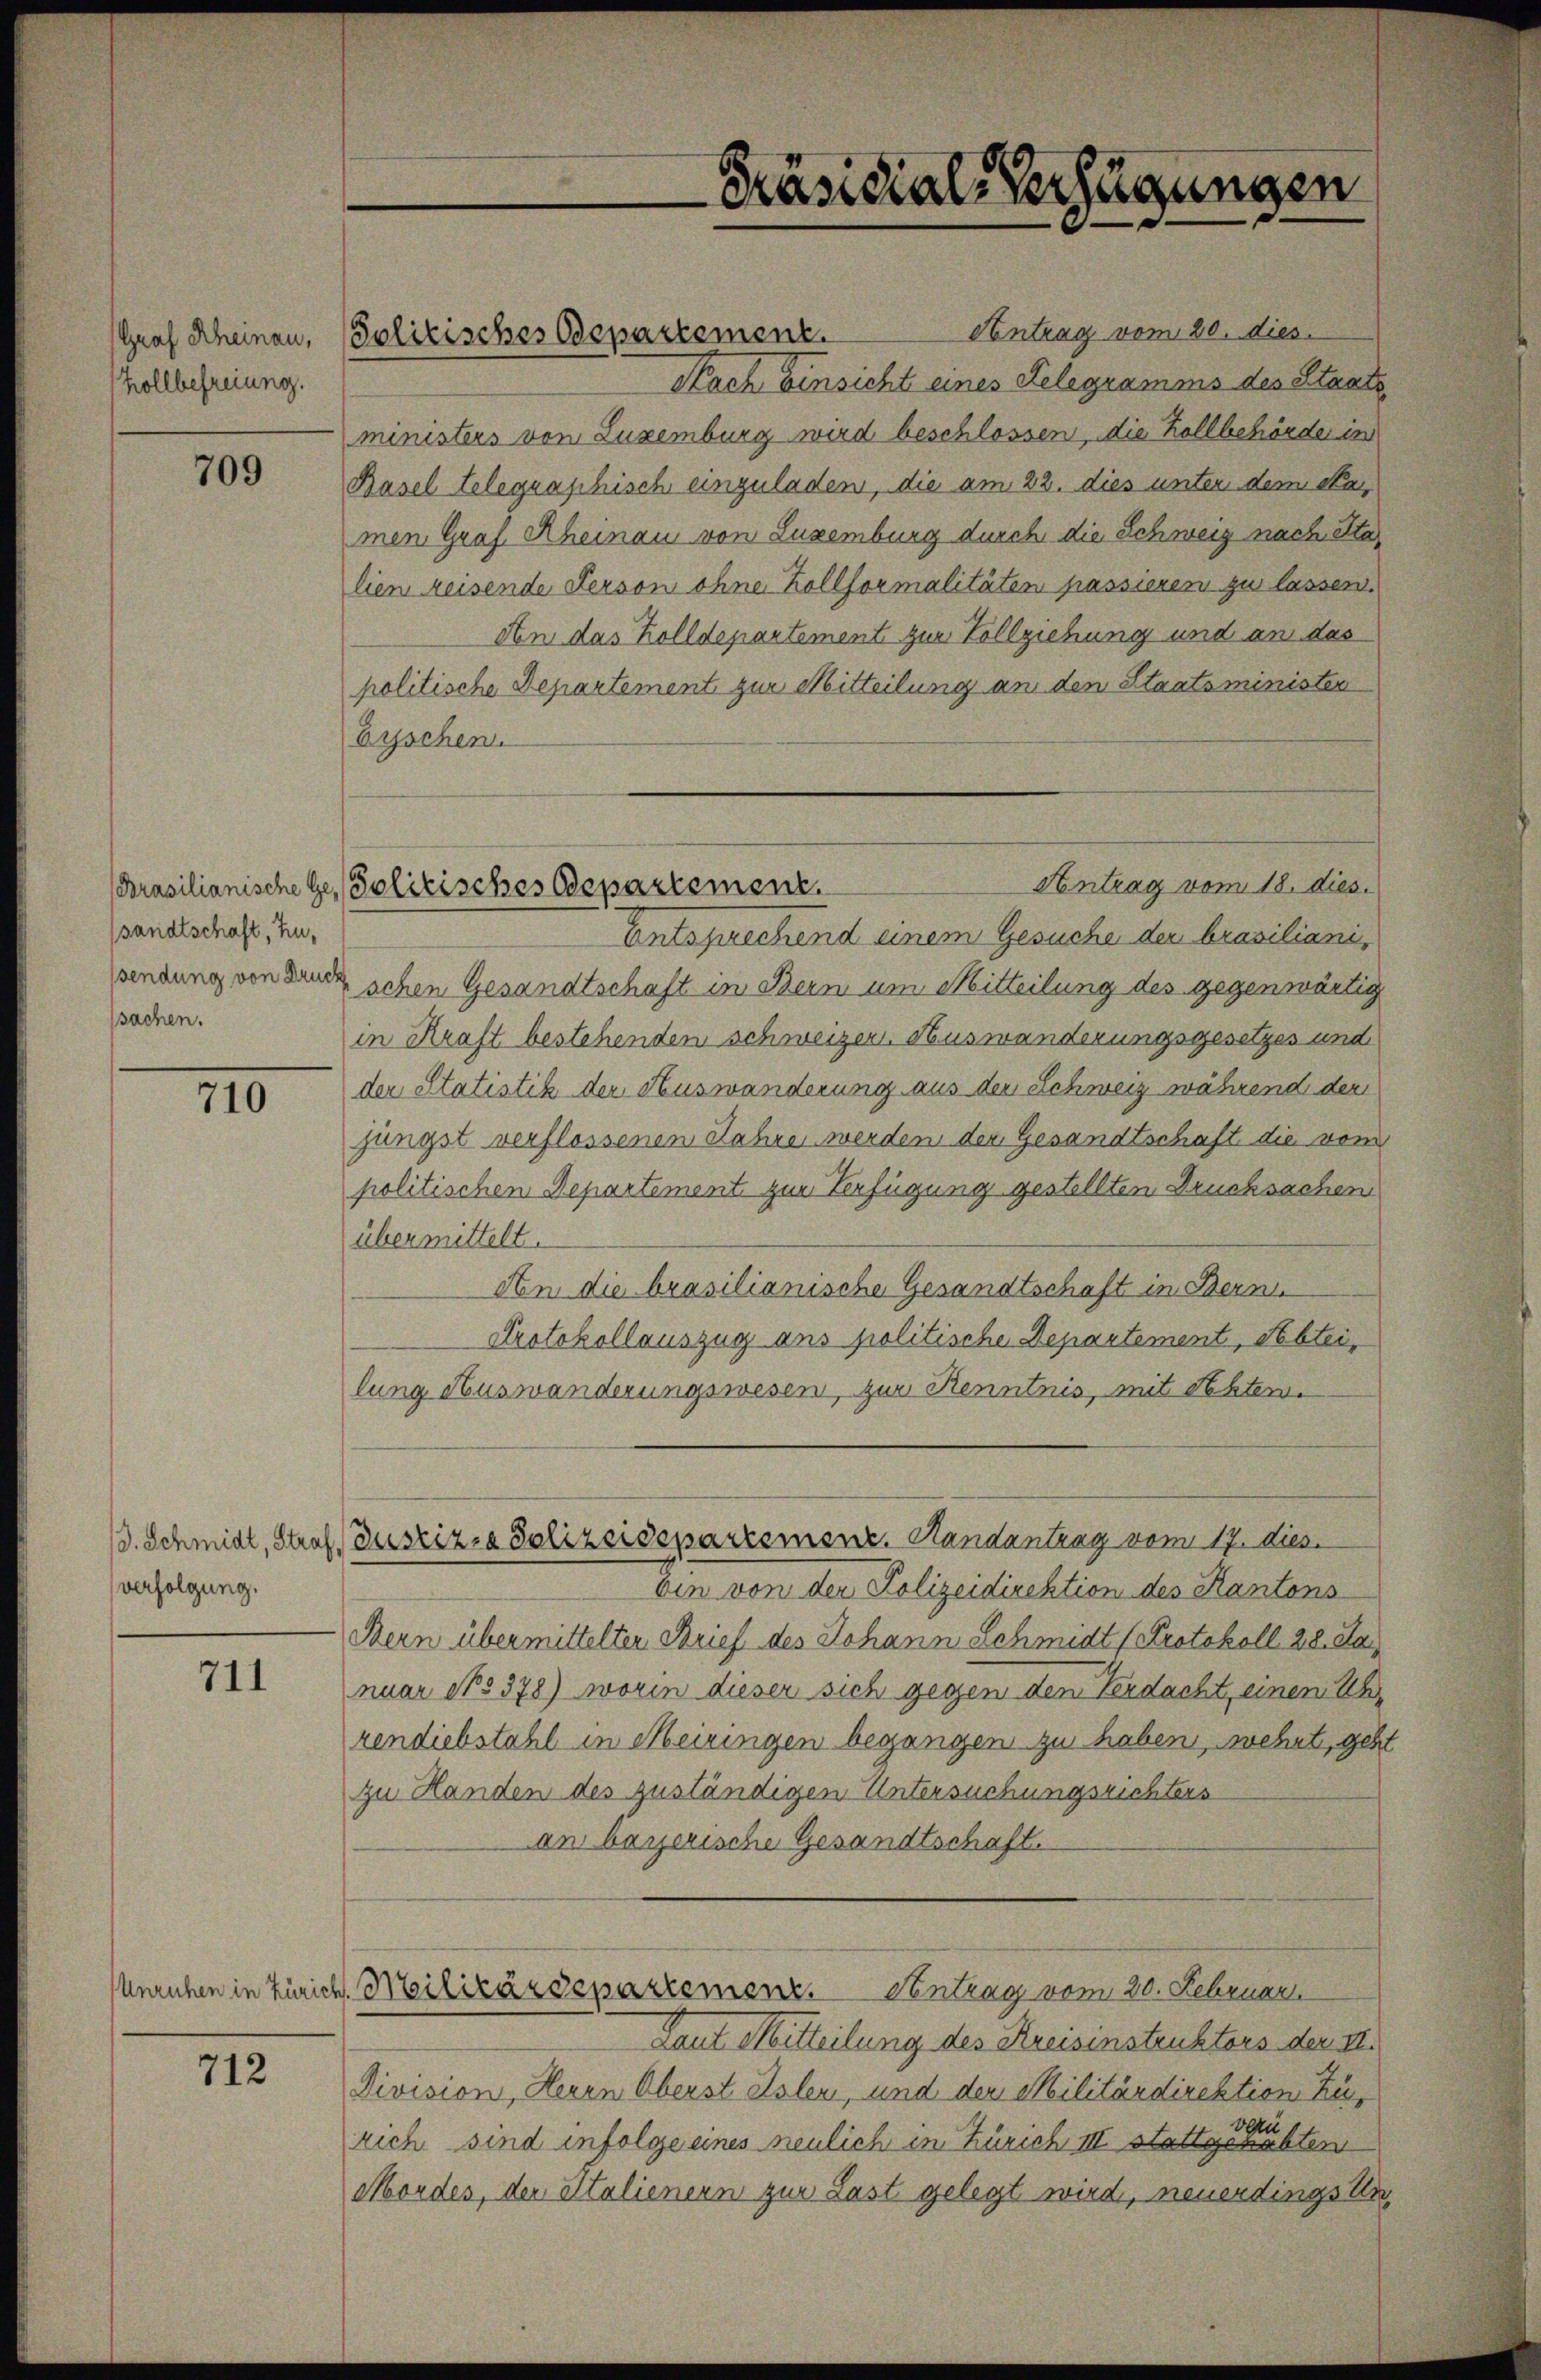
Graf Rheinau,
Zollbefreiung.

709

sandtschaft, zusendung von Druck
sachen.

110

verfolgung.

711

712

Unruhen in Zürich

Politisches Departement.

Antrag vom 20. dies
Nach Einsicht eines Telegramms des Staats
ministers von Luxenburg wird beschlossen, die Kollbehörde in
Basel telegraphisch einzuladen, die am 22. dies unter dem Sta
men Graf Rheinau von Luxenburg durch die Schweiz nach Sta
lien reisende Person ohne Kollformalitäten passieren zu lassen.
An das Zolldepartement zur Vollziehung und an das
politische Departement zur Mitteilung an den Staatsminister
Eyschen.
Entsprechend einem Gesuche der brasiliani,
schen Gesandtschaft in Bern um Mitteilung des gegenwärtig
in Kraft bestehenden schweizer. Auswanderungsgesetzes und
der Statistik der Auswanderung aus der Schweiz während der
jüngst verflossenen Jahre werden der Gesandtschaft die vom
politischen Departement zur Verfügung gestellten Drucksachen
übermittelt.
An die brasilianische Gesandtschaft in Bern
Protokollauszug ans politische Departement, Sebtei,
lung Auswanderungswesen, zur Kenntnis, mit Rechten.
/d. Schmidl, Straf Zustiz- & Polizeidepartement. Randantrag vom 17. dies
bin von der Polizeidirektion des Kantons
Bern übermittelten Brief des Johann Schmidt (Protokoll 28. Ja
nuar No 378) worin dieser sich gegen den Verdacht, einem Uh
rendiebstahl in Meiringen begangen zu haben, wehrt, geh
zu Handen des zuständigen Untersuchungsrichters
an bayerische Gesandtschaft.
Milizärdepartemenz. Eintrag vom 20. Februar.
Laut Mitteilung des Kreisinstruktors der II.
Division, Heren Oberst Islen, und der Militärdirektion Zuvazu.
rich sind infolge eines neulich in Zürich III stattgehabten
Mordes, der Italienern zur Last gelegt wird, neuerdings Un¬

Präsidial-Verfügungen

Antrag vom 18. dies.
Brasilianische Ge- Politisches Departement.